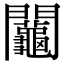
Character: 𨷺